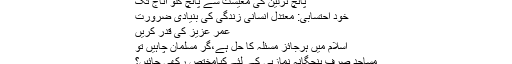
پانچ ٹرلین کی معیشت سے پانچ کلو اناج تک
خود احتسابی: معتدل انسانی زندگی کی بنیادی ضرورت
عمر عزیز کی قدر کریں
اسلام میں ہرجائز مسئلہ کا حل ہے،گر مسلمان چاہیں تو
مساجد صرف پنجگانہ نمازہی کے لئےکیامختص رکھی جائیں؟